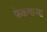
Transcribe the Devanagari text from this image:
फेकणार्‍या